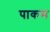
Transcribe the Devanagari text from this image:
पाकम